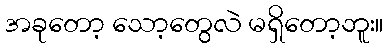
အခုတော့ သော့တွေလဲ မရှိတော့ဘူး။